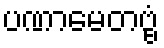
ပဏာမေတဗ္ဗံ